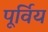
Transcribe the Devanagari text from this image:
पूर्विय